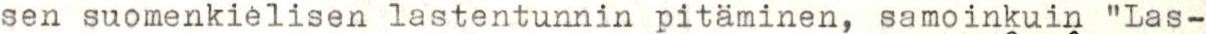
sen suomenkielisen lastentunnin pitäminen, samoinkuin "Las-